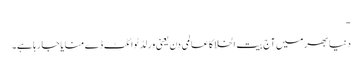
-
دنیا بھر میں آج بیت الخلا کا عالمی دن یعنی ورلڈ ٹوائلٹ ڈے منایا جا رہا ہے۔